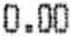
0.00